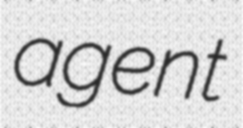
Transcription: agent